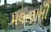
મલાલાની